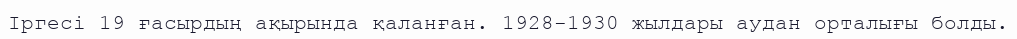
Іргесі 19 ғасырдың ақырында қаланған. 1928-1930 жылдары аудан орталығы болды.